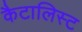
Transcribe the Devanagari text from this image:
कैटालिस्ट